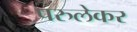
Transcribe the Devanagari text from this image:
परुलेकर